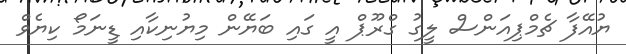
ޔުއޭފާ ޗެމްޕިއަންސް ލީގު ގްރޫޕް އީ ގައި ބަޔޭން މިޔުނިކާއި ޑީނަމޯ ކިޔެވް